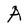
Character: A